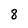
Character: 8